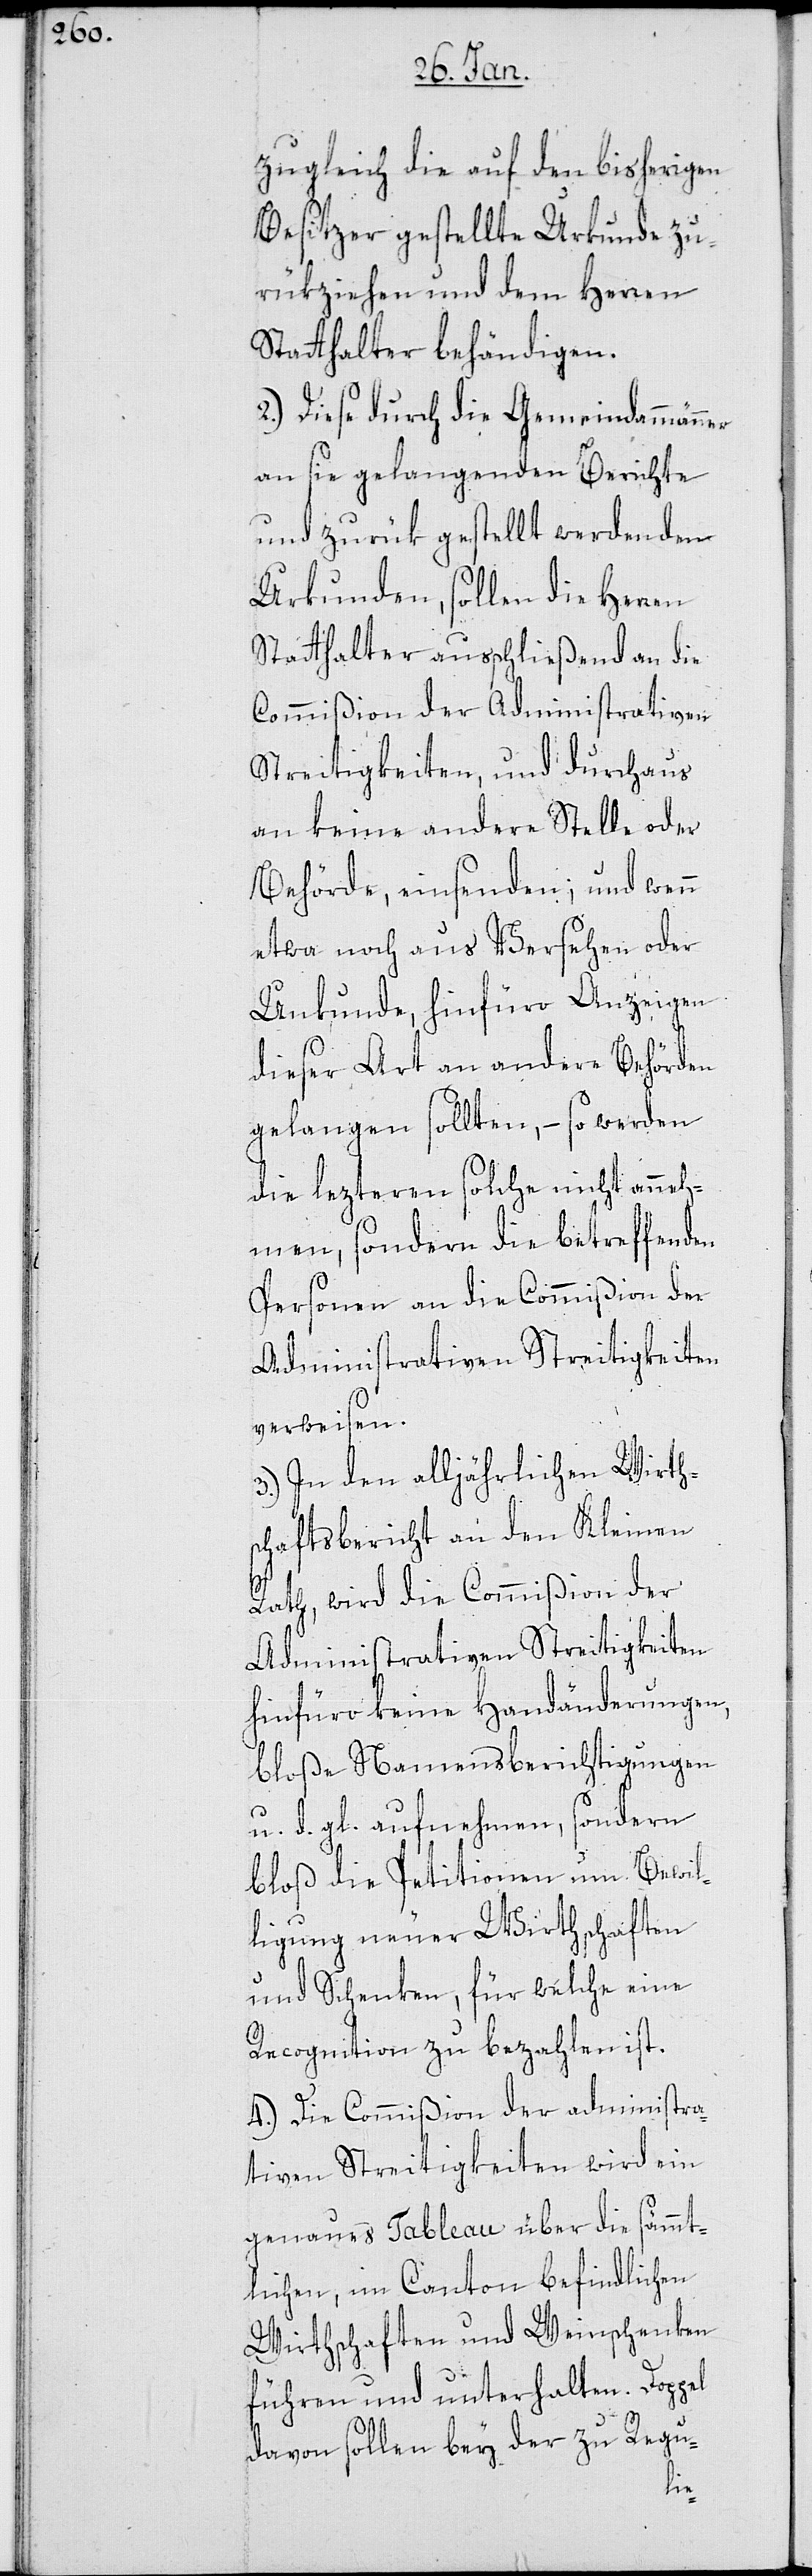
zugleich die auf den bisherigen
Besitzer gestellte Urkunde zu¬
rükziehen und dem Herren
Statthalter behändigen.
2.) Diese durch die Gemeindammänner
an sie gelangenden Berichte
und zurükgestellt werdenden
Urkunden, sollen die Herren
Statthalter ausschließend an die
Commißion der Administrativen
Streitigkeiten, und durchaus
an keine andere Stelle oder
Behörde, einsenden; und wenn
etwa noch aus Versehen oder
Unkunde, hinfüro Anzeigen
dieser Art an andere Behörden
gelangen sollten, – so werden
die lezteren solche nicht anneh¬
men, sondern die betreffenden
Personen an die Commißion der
Administrativen Streitigkeiten
verweisen.
3.) In den alljährlichen Wirths¬
chaftsbericht an den Kleinen
Rath, wird die Commißion der
Administrativen Streitigkeiten
hinfüro keine Handänderungen,
bloße Namensberichtigungen
u. d. gl. aufnehmen, sondern
bloß die Petitionen um Bewil¬
ligung neuer Wirthschaften
und Schenken, für welche eine
Recognition zu bezahlen ist.
4.) Die Commißion der administra¬
tiven Streitigkeiten wird ein
genaues Tableau über die sämmt¬
lichen, im Canton befindlichen
Wirthschaften und Weinschenken
führen und unterhalten. Doppel
davon sollen bey der zu Regu-